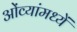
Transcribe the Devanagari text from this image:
ओंव्यांमध्यें